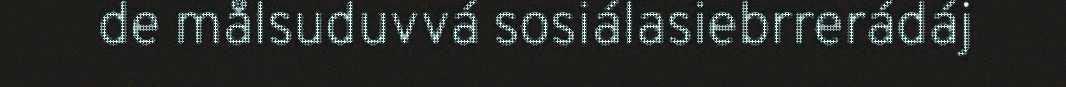
de målsuduvvá sosiálasiebrrerádáj